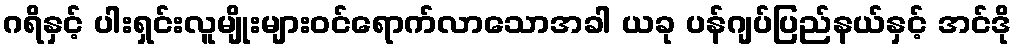
ဂရိနှင့် ပါးရှင်းလူမျိုးများဝင်ရောက်လာသောအခါ ယခု ပန်ဂျပ်ပြည်နယ်နှင့် အင်ဒို